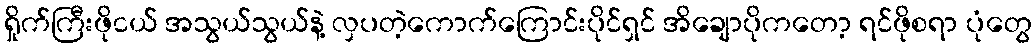
ရှိုက်ကြီးဖိုငယ် အသွယ်သွယ်နဲ့ လှပတဲ့ကောက်ကြောင်းပိုင်ရှင် အိချောပိုကတော့ ရင်ဖိုစရာ ပုံတွေ